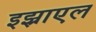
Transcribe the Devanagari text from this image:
इझ्राएल